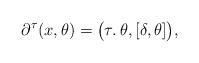
LaTeX: \begin{align*} \partial^\tau(x,\theta) = \big(\tau\ldotp \theta, [\delta,\theta] \big),\end{align*}